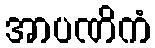
အာပဏိကံ